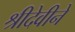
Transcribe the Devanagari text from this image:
श्रीदेवीने